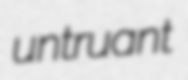
untruant